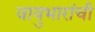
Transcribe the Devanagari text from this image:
वायुभारांची